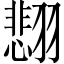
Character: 𫅰